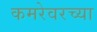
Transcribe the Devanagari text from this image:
कमरेवरच्या